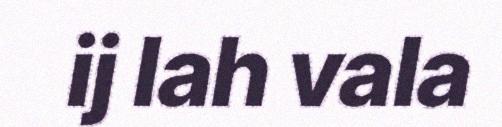
ij lah vala